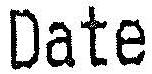
DATE